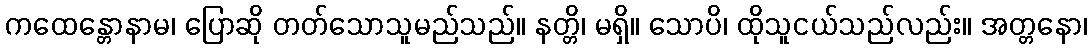
ကထေန္တောနာမ၊ ပြောဆို တတ်သောသူမည်သည်။ နတ္တိ၊ မရှိ။ သောပိ၊ ထိုသူငယ်သည်လည်း။ အတ္တနော၊